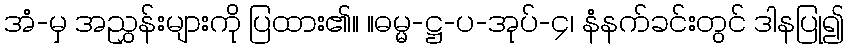
အံ-မှ အညွှန်းများကို ပြထား၏။ ။ဓမ္မ-ဋ္ဌ-ပ-အုပ်-၄၊ နံနက်ခင်းတွင် ဒါနပြု၍